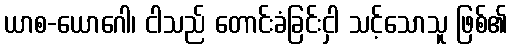
ယာစ-ယောဂေါ၊ ငါသည် တောင်းခံခြင်းငှါ သင့်သောသူ ဖြစ်၏